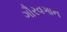
ગૌરવગાન